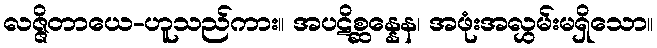
လဇ္ဇိတာယေ-ဟူသည်ကား။ အပဋိစ္ဆန္နေန၊ အဖုံးအလွှမ်းမရှိသော။